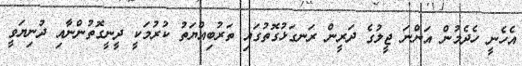
އެހެނީ ހެދެމުން އަންނަ ޖީލުގެ ދަރީން ރަނގަޅުގޮތުގައި ތަރުބިއްޔަތު ކުރުމަކީ ދީނީގޮތުންނާއި ދުނިޔަވީ